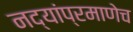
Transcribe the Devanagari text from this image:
नद्यांप्रमाणेच